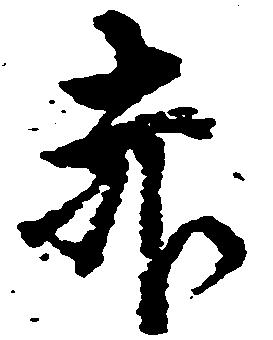
赤